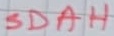
Text: SDAH